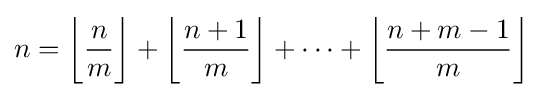
n=\left\lfloor {\frac {n{\vphantom {1}}}{m}}\right\rfloor +\left\lfloor {\frac {n+1}{m}}\right\rfloor +\dots +\left\lfloor {\frac {n+m-1}{m}}\right\rfloor